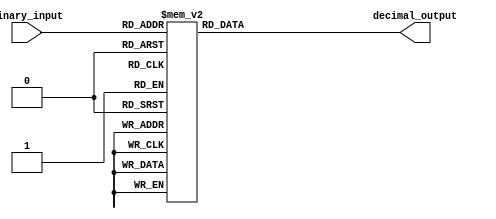
module decimal_decoder(
    input [3:0] binary_input,
    output reg [9:0] decimal_output
);

always @(*)
begin
    case(binary_input)
        4'b0000: decimal_output = 10'b0000000001;
        4'b0001: decimal_output = 10'b0000000010;
        4'b0010: decimal_output = 10'b0000000011;
        4'b0011: decimal_output = 10'b0000000100;
        4'b0100: decimal_output = 10'b0000000101;
        4'b0101: decimal_output = 10'b0000000110;
        4'b0110: decimal_output = 10'b0000000111;
        4'b0111: decimal_output = 10'b0000001000;
        4'b1000: decimal_output = 10'b0000001001;
        4'b1001: decimal_output = 10'b0000001010;
        4'b1010: decimal_output = 10'b0000001011;
        4'b1011: decimal_output = 10'b0000001100;
        4'b1100: decimal_output = 10'b0000001101;
        4'b1101: decimal_output = 10'b0000001110;
        4'b1110: decimal_output = 10'b0000001111;
        4'b1111: decimal_output = 10'b0000010000;
        default: decimal_output = 10'b0000000000;
    endcase
end

endmodule